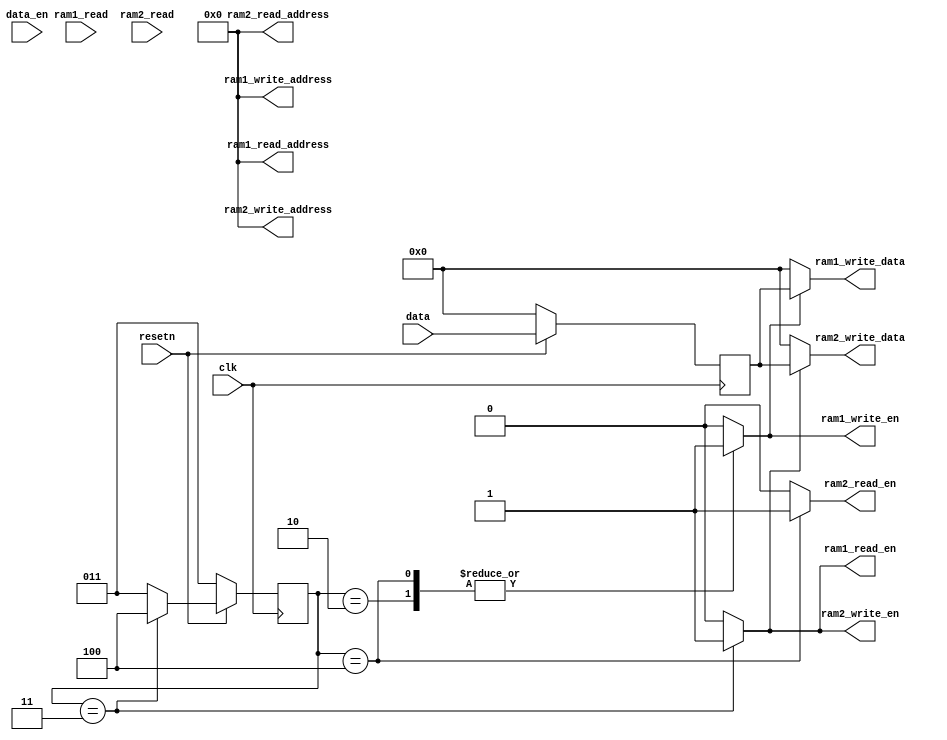
module ram_control(input clk, 
input resetn,
input [7:0] ram1_read, 
input [7:0] ram2_read, 
input data_en, 
input [7:0]data, 
output reg ram1_write_en, 
output reg ram1_read_en, 
output [4:0] ram1_write_address,
output [4:0] ram1_read_address, 
output  [7:0] ram1_write_data, 
output reg ram2_write_en, 
output reg ram2_read_en, 
output [4:0] ram2_write_address, 
output [4:0] ram2_read_address, 
output wire [7:0] ram2_write_data);

localparam IDLE =3'b0,
			  WRITE_RAM1 = 3'b10,
			  WRITE_RAM2_READ_RAM1 = 3'b11,
			  WRITE_RAM1_READ_RAM2 = 3'b100;
			  
reg [2:0] current, next;
reg [7:0] data_in_reg;

assign ram1_write_address = 5'b0;
assign ram1_read_address = 5'b0;  //change these data type to wire now
assign ram2_write_address = 5'b0;
assign ram2_read_address = 5'b0;

assign ram1_write_data = (ram1_write_en == 1'b1) ? data_in_reg: 8'd0;
assign ram2_write_data = (ram2_write_en == 1'b1) ? data_in_reg: 8'd0;
		  
always@(posedge clk)
if(!resetn)
data_in_reg <= 8'd0;
else
data_in_reg <= data;

initial begin
	current <= WRITE_RAM2_READ_RAM1;
	data_in_reg <= 8'b0;
end


always@(*)			  
	begin
	case(current)
	//IDLE: if(data_en == 1'b1) next <= WRITE_RAM1;
	//WRITE_RAM1: next <= WRITE_RAM2_READ_RAM1 ;
	WRITE_RAM2_READ_RAM1 : next <= WRITE_RAM1_READ_RAM2;
	WRITE_RAM1_READ_RAM2 : next <= WRITE_RAM2_READ_RAM1;
	default: next <= WRITE_RAM2_READ_RAM1;
	//default: next <= IDLE;
	endcase
	end
	
always@(posedge clk)
if(!resetn) current <= WRITE_RAM2_READ_RAM1;
else current <= next;

always@(*)
begin
ram1_write_en <= 1'b0;
ram2_write_en <= 1'b0;
ram1_read_en <= 1'b0;
ram2_read_en <= 1'b0;
case(current)
IDLE:
begin
end

WRITE_RAM1:
begin
ram1_write_en <= 1'b1;
end

WRITE_RAM2_READ_RAM1:
begin
ram2_write_en <= 1'b1;
ram1_read_en <= 1'b1;
end

WRITE_RAM1_READ_RAM2:
begin
ram1_write_en <= 1'b1;
ram2_read_en <= 1'b1;
end
endcase
end

/*always@(posedge clk)
if(!resetn) ram1_read_en <= 1'b0;
else if (current == WRITE_RAM2_READ_RAM1)
ram1_read_en <= 1'b1;
else ram1_read_en <= 1'b0;

always@(posedge clk)
if(!resetn) ram2_read_en <= 1'b0;
else if (current == WRITE_RAM1_READ_RAM2)
ram2_read_en <= 1'b1;
else ram2_read_en <= 1'b0;*/

endmodule